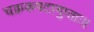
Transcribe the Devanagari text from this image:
चक्रकपटागुप्ताः।।